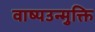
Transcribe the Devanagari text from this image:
वाष्पउन्मुक्ति